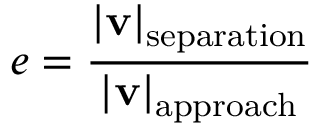
e = { \frac { | \mathbf { v } | _ { \mathrm { s e p a r a t i o n } } } { | \mathbf { v } | _ { \mathrm { a p p r o a c h } } } }